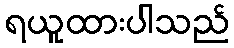
ရယူထားပါသည်